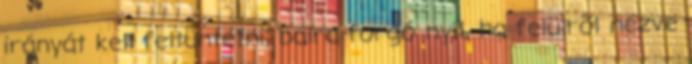
irányát kell feltüntetni, balra forgó nyíl, ha felülrõl nézve